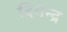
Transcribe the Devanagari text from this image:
दिगेन्द्र